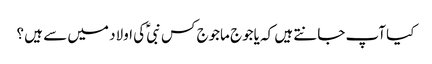
کیا آپ جانتے ہیں کہ یاجوج ماجوج کس نبیؑ کی اولاد میں سے ہیں ؟